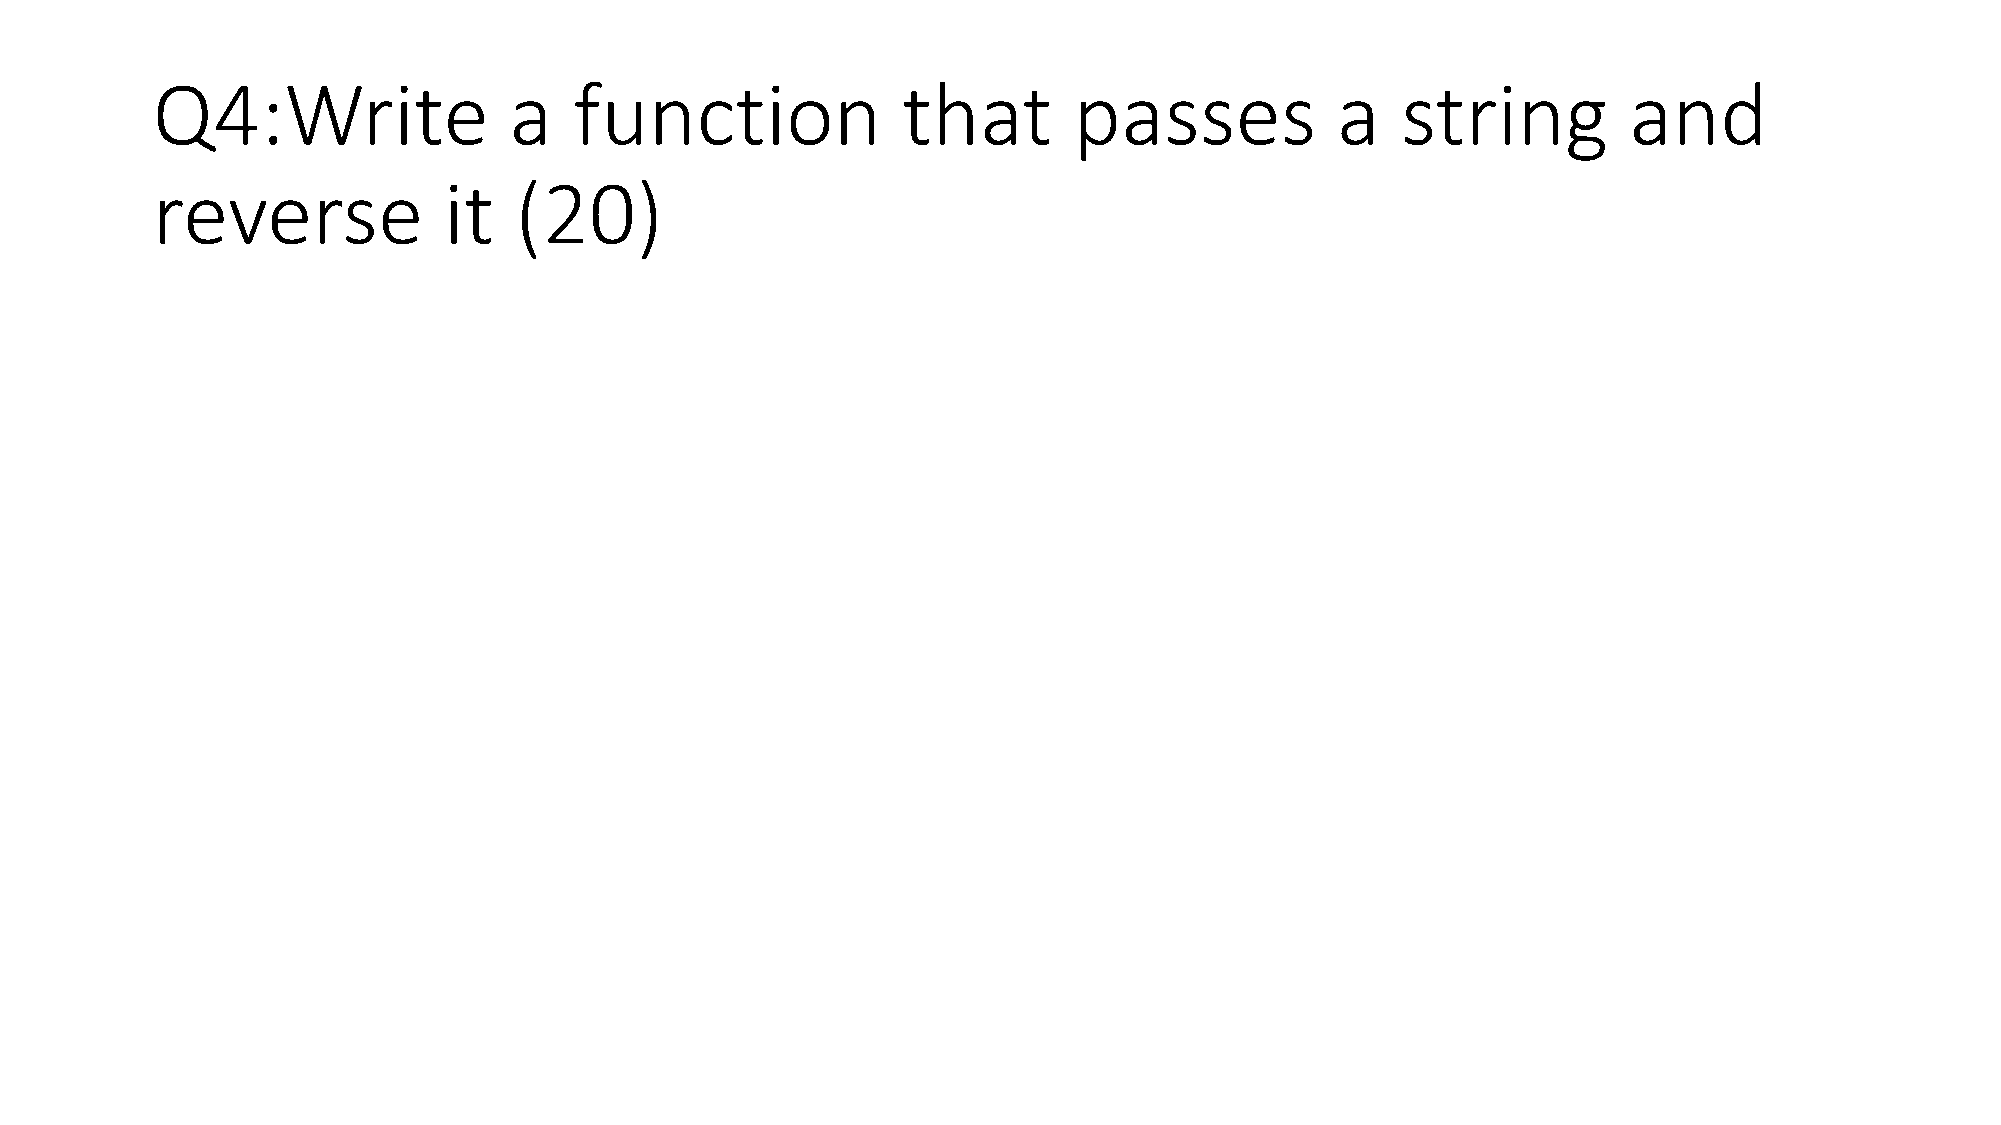
Q4:Write                a   function              that       passes           a    string         and
 reverse            it   (20)